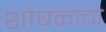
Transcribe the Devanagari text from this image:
शोषकाचा